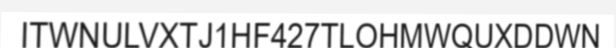
ITWNULVXTJ1HF427TLOHMWQUXDDWN